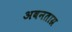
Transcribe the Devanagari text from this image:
अवनताग्र